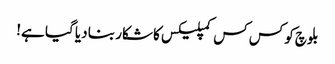
بلوچ کو کس کس کمپلیکس کا شکار بنا دیا گیا ہے!